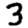
Digit: 3